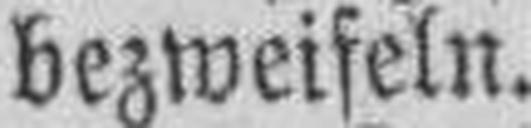
bezweifeln.